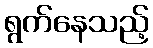
ရွက်နေသည့်